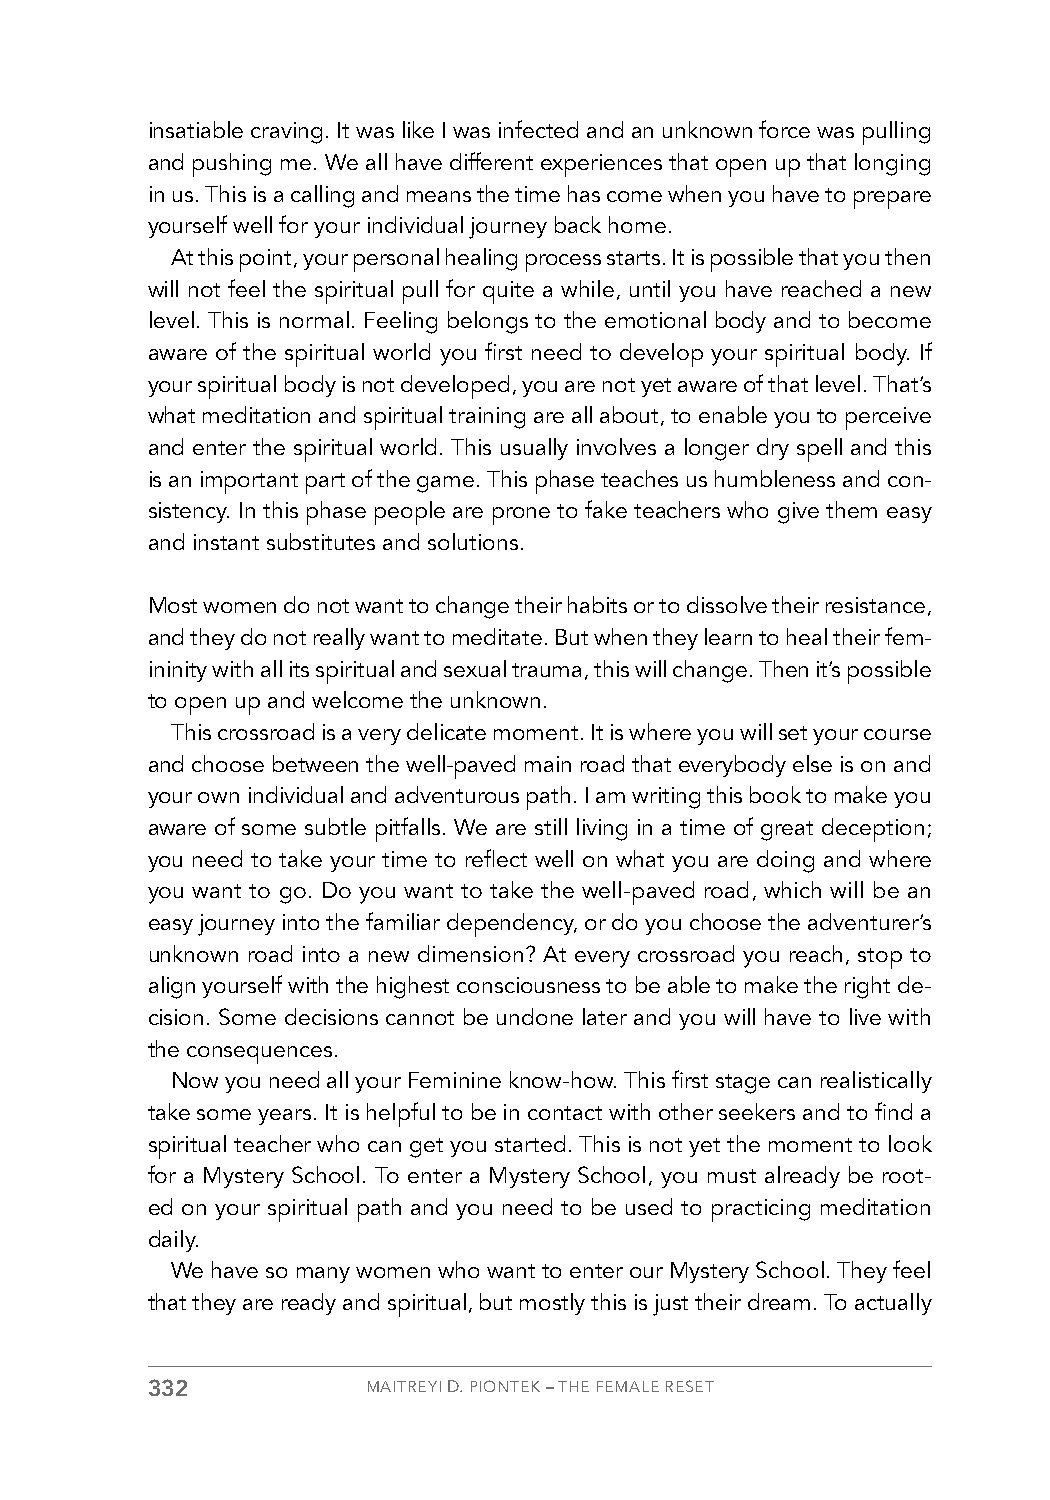
insatiable craving. It was like I was infected and an unknown force was pulling
 and pushing me. We all have different experiences that open up that longing
 in us. This is a calling and means the time has come when you have to prepare
 yourself well for your individual journey back home.
 At this point, your personal healing process starts. It is possible that you then
 will not feel the spiritual pull for quite a while, until you have reached a new
 level. This is normal. Feeling belongs to the emotional body and to become
 aware of the spiritual world you first need to develop your spiritual body. If
 your spiritual body is not developed, you are not yet aware of that level. That’s
 what meditation and spiritual training are all about, to enable you to perceive
 and enter the spiritual world. This usually involves a longer dry spell and this
 is an important part of the game. This phase teaches us humbleness and con-
 sistency. In this phase people are prone to fake teachers who give them easy
 and instant substitutes and solutions.
 Most women do not want to change their habits or to dissolve their resistance,
 and they do not really want to meditate. But when they learn to heal their fem-
 ininity with all its spiritual and sexual trauma, this will change. Then it’s possible
 to open up and welcome the unknown.
 This crossroad is a very delicate moment. It is where you will set your course
 and choose between the well-paved main road that everybody else is on and
 your own individual and adventurous path. I am writing this book to make you
 aware of some subtle pitfalls. We are still living in a time of great deception;
 you need to take your time to reflect well on what you are doing and where
 you want to go. Do you want to take the well-paved road, which will be an
 easy journey into the familiar dependency, or do you choose the adventurer’s
 unknown road into a new dimension? At every crossroad you reach, stop to
 align yourself with the highest consciousness to be able to make the right de-
 cision. Some decisions cannot be undone later and you will have to live with
 the consequences.
 Now you need all your Feminine know-how. This first stage can realistically
 take some years. It is helpful to be in contact with other seekers and to find a
 spiritual teacher who can get you started. This is not yet the moment to look
 for a Mystery School. To enter a Mystery School, you must already be root-
 ed on your spiritual path and you need to be used to practicing meditation
 daily.
 We have so many women who want to enter our Mystery School. They feel
 that they are ready and spiritual, but mostly this is just their dream. To actually
 332           MAITREYI D. PIONTEK – THE FEMALE RESET